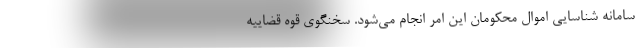
سامانه شناسایی اموال محکومان این امر انجام می‌شود. سخنگوی قوه قضاییه